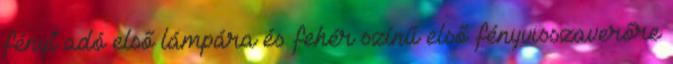
fényt adó első lámpára és fehér színű első fényvisszaverőre